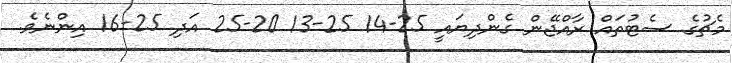
މެޗުގެ ސެޓުތައް ރާއްޖޭން ގެންދިޔައީ 25-14 25-13 20-25 އަދި 25-16 އިންނެވެ.